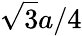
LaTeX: \sqrt{3}a/4